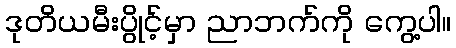
ဒုတိယမီးပွိုင့်မှာ ညာဘက်ကို ကွေ့ပါ။